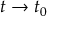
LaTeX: t \rightarrow t _ { 0 }